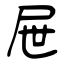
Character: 屉